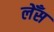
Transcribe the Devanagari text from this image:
लेँस